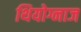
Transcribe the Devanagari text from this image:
थियोग्नाज